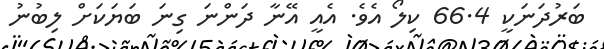
ބަރުދަނަކީ 66.4 ކިލޯ އެވެ. އެއީ އޭނާ ދަންނަ ގިނަ ބަޔަކަށް ލިބުނު